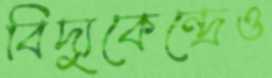
বিদ্যুকেন্দ্রেও